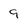
Character: 9